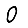
Digit: 0